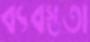
ব্যবস্ততা